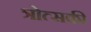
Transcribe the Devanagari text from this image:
त्रोत्सकी